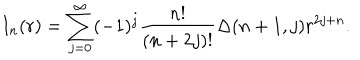
I _ { n } ( r ) = \sum _ { j = 0 } ^ { \infty } ( - 1 ) ^ { j } \frac { n ! } { ( n + 2 j ) ! } \Delta ( n + 1 , j ) r ^ { 2 j + n } .